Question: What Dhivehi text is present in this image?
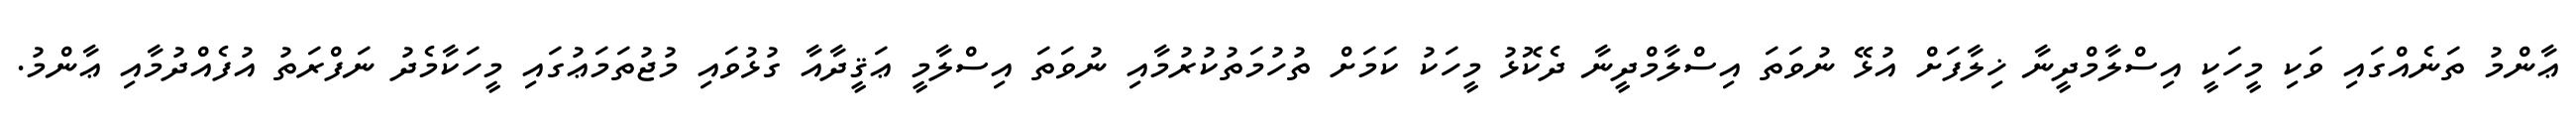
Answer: ޢާންމު ތަނެއްގައި ވަކި މީހަކީ އިސްލާމްދީނާ ޚިލާފަށް އުޅޭ ނުވަތަ އިސްލާމްދީނާ ދެކޮޅު މީހަކު ކަމަށް ތުހުމަތުކުރުމާއި ނުވަތަ އިސްލާމީ ޢަޤީދާއާ ގުޅުވައި މުޖުތަމަޢުގައި މީހަކާމެދު ނަފްރަތު އުފެއްދުމާއި ޢާންމު.